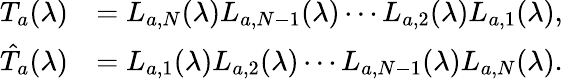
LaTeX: \begin{array}{rl}{T_{a}(\lambda)}&{=L_{a,N}(\lambda)L_{a,N-1}(\lambda)\cdots L_{a,2}(\lambda)L_{a,1}(\lambda),}\\ {\hat{T}_{a}(\lambda)}&{=L_{a,1}(\lambda)L_{a,2}(\lambda)\cdots L_{a,N-1}(\lambda)L_{a,N}(\lambda).}\end{array}